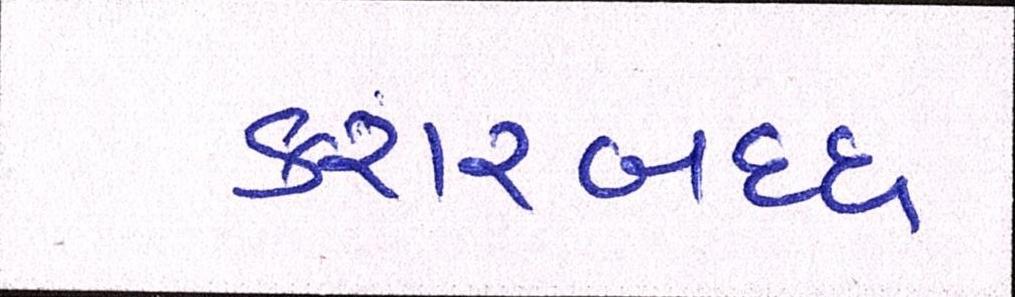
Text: કરારબદ્ધ